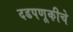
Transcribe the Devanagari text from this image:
दडपणूकीचे